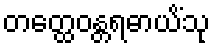
တတ္ထေဝန္တရဓာယိံသု